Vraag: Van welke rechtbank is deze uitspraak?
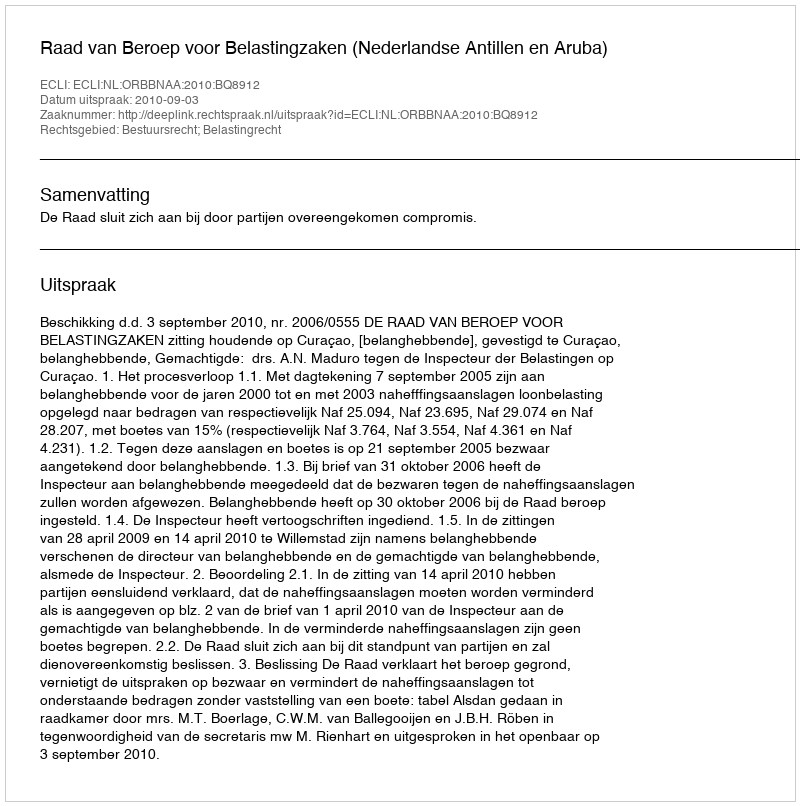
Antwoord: Raad van Beroep voor Belastingzaken (Nederlandse Antillen en Aruba)